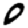
Digit: 0